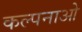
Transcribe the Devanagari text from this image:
कल्पनाओ